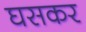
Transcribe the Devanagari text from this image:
घसकर